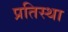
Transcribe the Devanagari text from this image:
प्रतिस्था